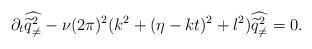
LaTeX: \begin{align*}\partial_t \widehat{\widetilde{q}_{\neq}^2}-\nu(2\pi)^2(k^2+(\eta-kt)^2+l^2) \widehat{\widetilde{q}_{\neq}^2}=0.\end{align*}